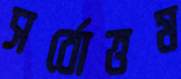
সর্বোত্তম